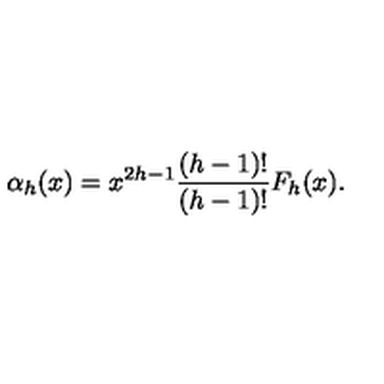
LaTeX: \alpha _ { h } ( x ) = x ^ { 2 h - 1 } { \frac { ( h - 1 ) ! } { ( h - 1 ) ! } } F _ { h } ( x ) .